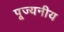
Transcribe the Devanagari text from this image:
पूज्‍यनीय